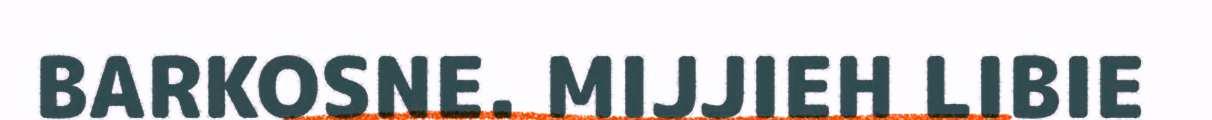
BARKOSNE. MIJJIEH LIBIE